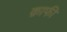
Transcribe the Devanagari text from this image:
क़ाफी